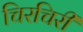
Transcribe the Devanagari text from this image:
चिरचिरी